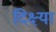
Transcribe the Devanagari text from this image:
दिक्ष्या